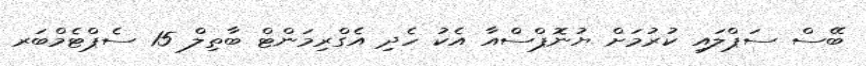
ބޭސް ސަޕްލައި ކުރުމަށް ޔުނޮޕްސްއާ އެކު ހެދި އެގްރިމަންޓް ބާތިލް 15 ސެޕްޓެމްބަރ